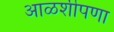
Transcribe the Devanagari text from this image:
आळशीपणा